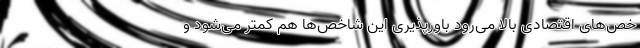
خص‌های اقتصادی بالا می‌رود باورپذیری این شاخص‌ها هم کمتر می‌شود و